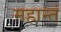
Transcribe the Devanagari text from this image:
महान्तं